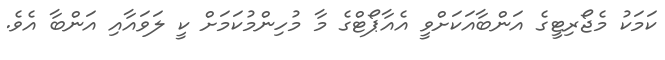
ކަމަކު މެޖޯރިޓީގެ އަންބާއަކަށްވީ އެއާޕޯޓްގެ މާ މުހިންމުކަމަށް ކީ ލަވައާއި އަންބާ އެވެ.